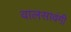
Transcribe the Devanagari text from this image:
वालसावंगी